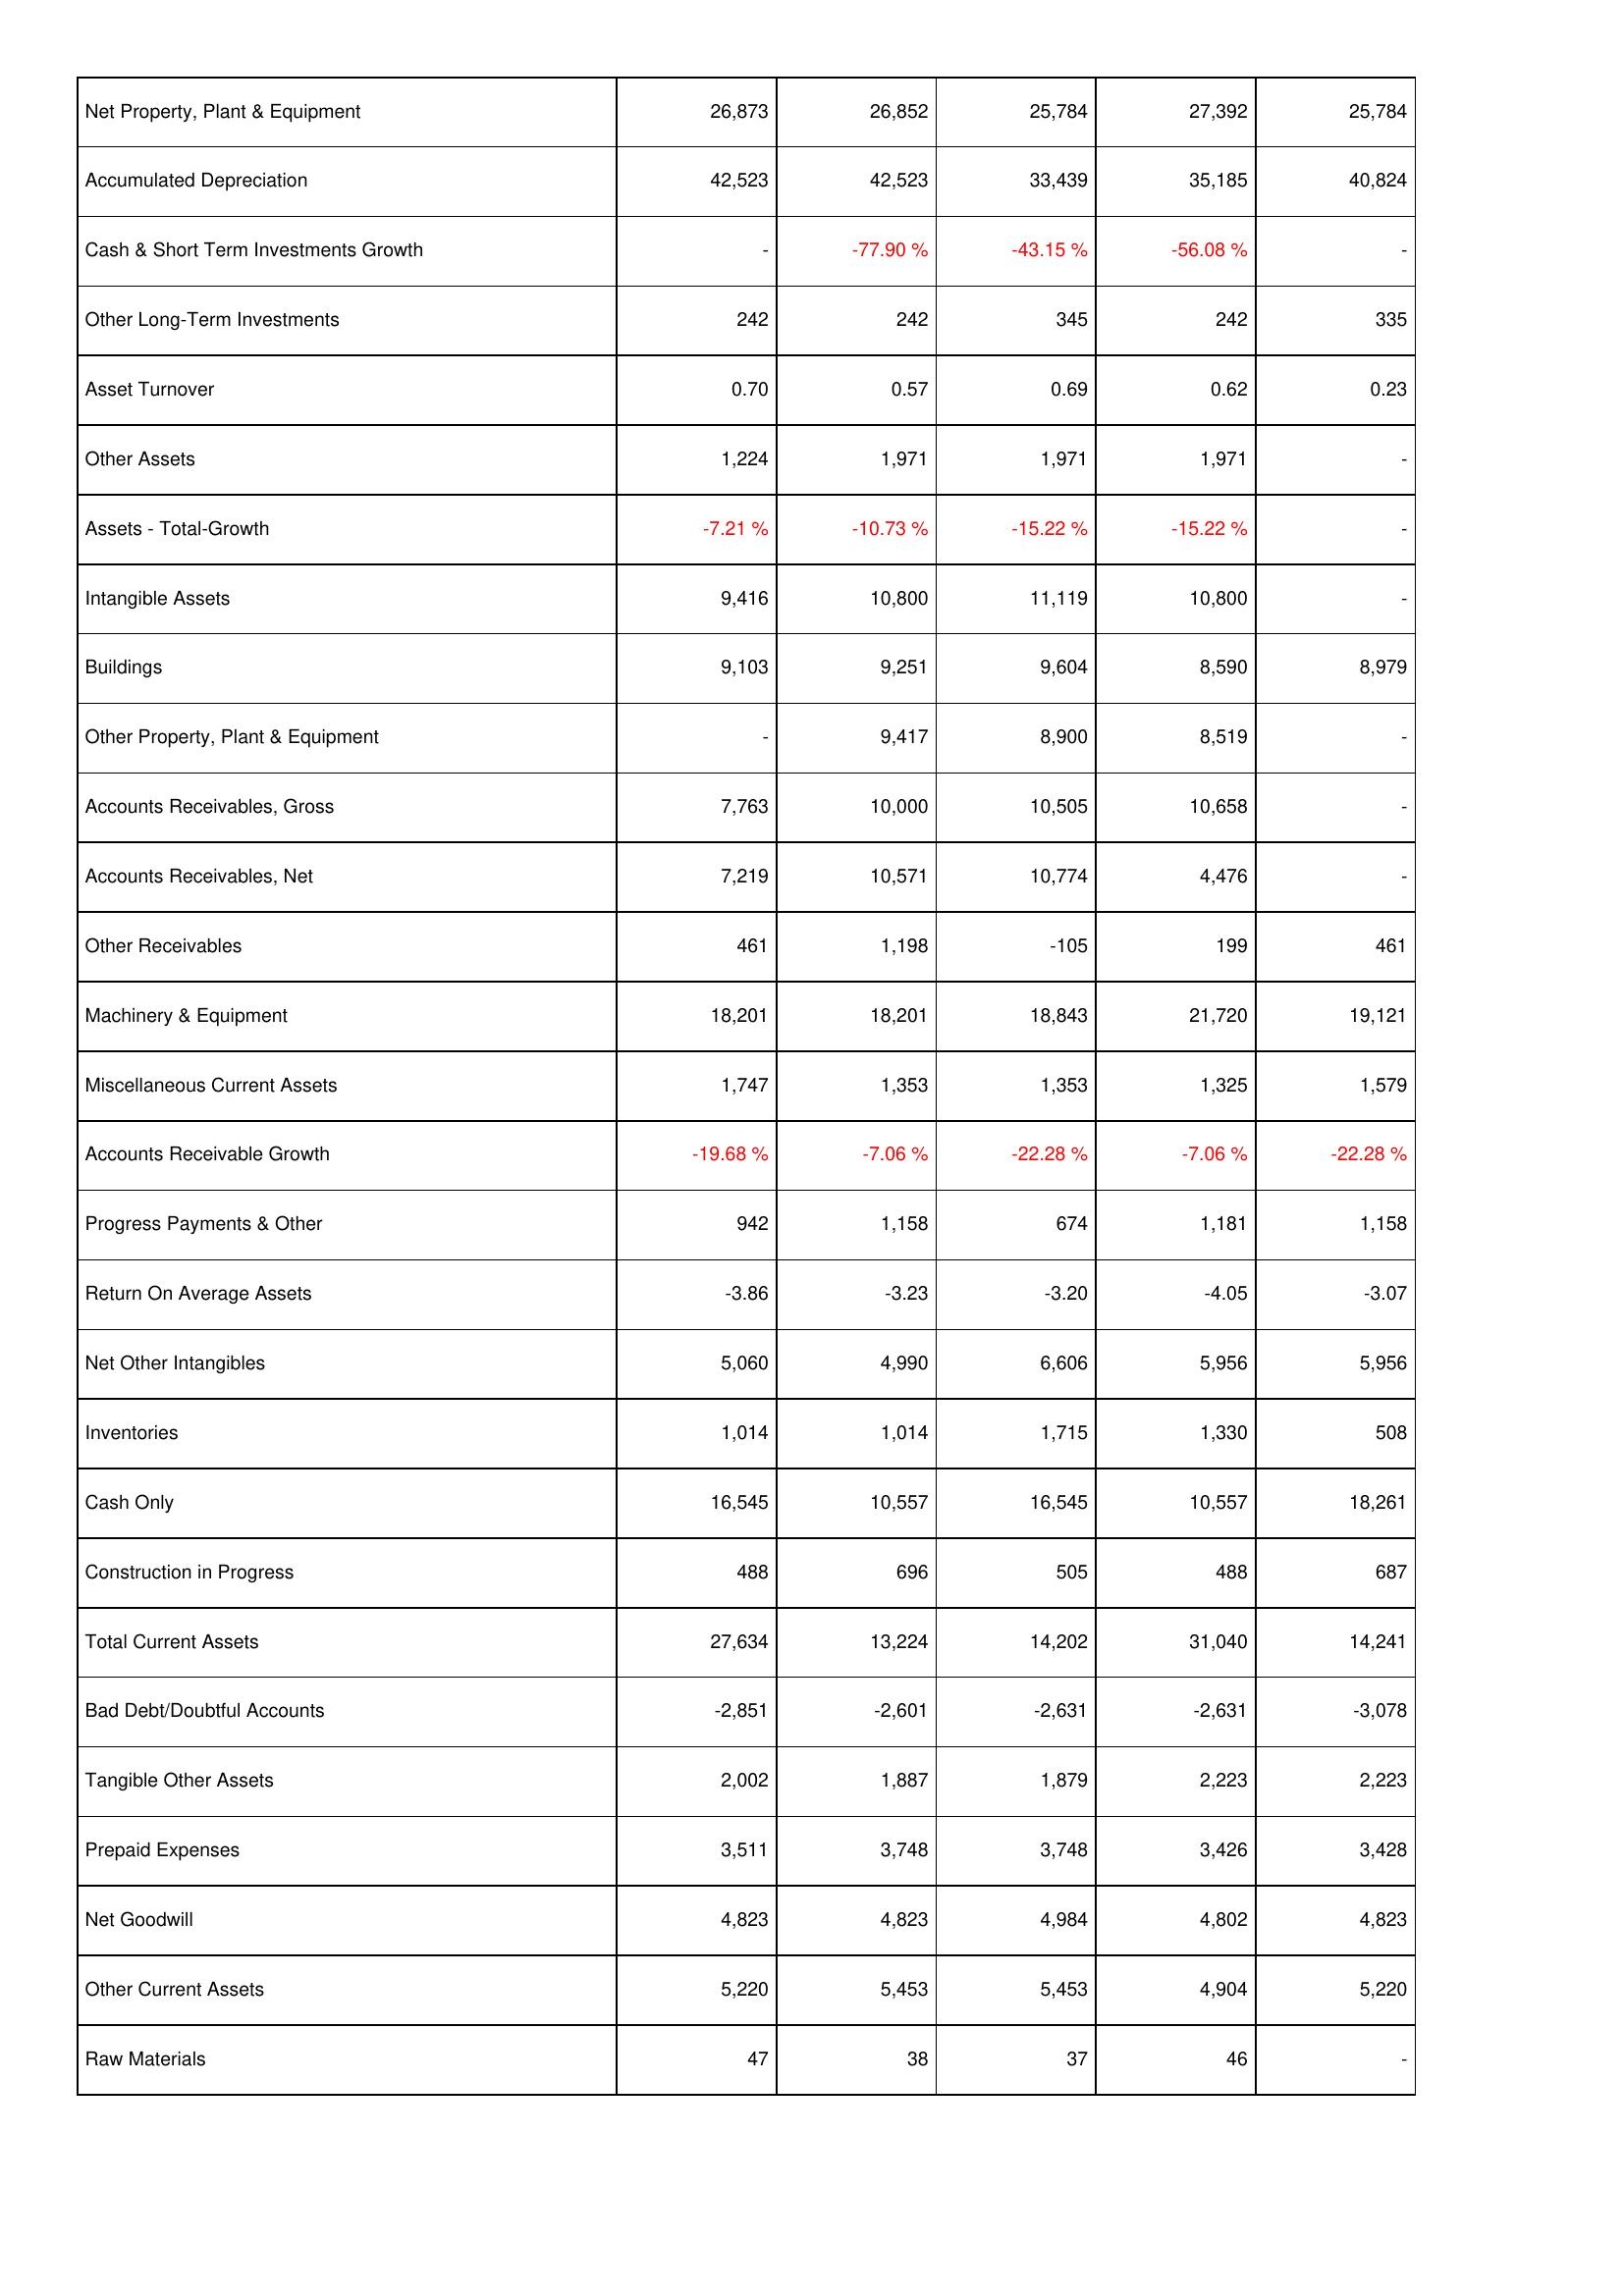
2015: Assets: Net Property, Plant & Equipment: 26,873
Accumulated Depreciation: 42,523
Cash & Short Term Investments Growth: -
Other Long-Term Investments: 242
Asset Turnover: 0.70
Other Assets: 1,224
Assets - Total-Growth: -7.21 %
Intangible Assets: 9,416
Buildings: 9,103
Other Property, Plant & Equipment: -
Accounts Receivables, Gross: 7,763
Accounts Receivables, Net: 7,219
Other Receivables: 461
Machinery & Equipment: 18,201
Miscellaneous Current Assets: 1,747
Accounts Receivable Growth: -19.68 %
Progress Payments & Other: 942
Return On Average Assets: -3.86
Net Other Intangibles: 5,060
Inventories: 1,014
Cash Only: 16,545
Construction in Progress: 488
Total Current Assets: 27,634
Bad Debt/Doubtful Accounts: -2,851
Tangible Other Assets: 2,002
Prepaid Expenses: 3,511
Net Goodwill: 4,823
Other Current Assets: 5,220
Raw Materials: 47
2016: Assets: Net Property, Plant & Equipment: 26,852
Accumulated Depreciation: 42,523
Cash & Short Term Investments Growth: -77.90 %
Other Long-Term Investments: 242
Asset Turnover: 0.57
Other Assets: 1,971
Assets - Total-Growth: -10.73 %
Intangible Assets: 10,800
Buildings: 9,251
Other Property, Plant & Equipment: 9,417
Accounts Receivables, Gross: 10,000
Accounts Receivables, Net: 10,571
Other Receivables: 1,198
Machinery & Equipment: 18,201
Miscellaneous Current Assets: 1,353
Accounts Receivable Growth: -7.06 %
Progress Payments & Other: 1,158
Return On Average Assets: -3.23
Net Other Intangibles: 4,990
Inventories: 1,014
Cash Only: 10,557
Construction in Progress: 696
Total Current Assets: 13,224
Bad Debt/Doubtful Accounts: -2,601
Tangible Other Assets: 1,887
Prepaid Expenses: 3,748
Net Goodwill: 4,823
Other Current Assets: 5,453
Raw Materials: 38
2017: Assets: Net Property, Plant & Equipment: 25,784
Accumulated Depreciation: 33,439
Cash & Short Term Investments Growth: -43.15 %
Other Long-Term Investments: 345
Asset Turnover: 0.69
Other Assets: 1,971
Assets - Total-Growth: -15.22 %
Intangible Assets: 11,119
Buildings: 9,604
Other Property, Plant & Equipment: 8,900
Accounts Receivables, Gross: 10,505
Accounts Receivables, Net: 10,774
Other Receivables: -105
Machinery & Equipment: 18,843
Miscellaneous Current Assets: 1,353
Accounts Receivable Growth: -22.28 %
Progress Payments & Other: 674
Return On Average Assets: -3.20
Net Other Intangibles: 6,606
Inventories: 1,715
Cash Only: 16,545
Construction in Progress: 505
Total Current Assets: 14,202
Bad Debt/Doubtful Accounts: -2,631
Tangible Other Assets: 1,879
Prepaid Expenses: 3,748
Net Goodwill: 4,984
Other Current Assets: 5,453
Raw Materials: 37
2018: Assets: Net Property, Plant & Equipment: 27,392
Accumulated Depreciation: 35,185
Cash & Short Term Investments Growth: -56.08 %
Other Long-Term Investments: 242
Asset Turnover: 0.62
Other Assets: 1,971
Assets - Total-Growth: -15.22 %
Intangible Assets: 10,800
Buildings: 8,590
Other Property, Plant & Equipment: 8,519
Accounts Receivables, Gross: 10,658
Accounts Receivables, Net: 4,476
Other Receivables: 199
Machinery & Equipment: 21,720
Miscellaneous Current Assets: 1,325
Accounts Receivable Growth: -7.06 %
Progress Payments & Other: 1,181
Return On Average Assets: -4.05
Net Other Intangibles: 5,956
Inventories: 1,330
Cash Only: 10,557
Construction in Progress: 488
Total Current Assets: 31,040
Bad Debt/Doubtful Accounts: -2,631
Tangible Other Assets: 2,223
Prepaid Expenses: 3,426
Net Goodwill: 4,802
Other Current Assets: 4,904
Raw Materials: 46
2019: Assets: Net Property, Plant & Equipment: 25,784
Accumulated Depreciation: 40,824
Cash & Short Term Investments Growth: -
Other Long-Term Investments: 335
Asset Turnover: 0.23
Other Assets: -
Assets - Total-Growth: -
Intangible Assets: -
Buildings: 8,979
Other Property, Plant & Equipment: -
Accounts Receivables, Gross: -
Accounts Receivables, Net: -
Other Receivables: 461
Machinery & Equipment: 19,121
Miscellaneous Current Assets: 1,579
Accounts Receivable Growth: -22.28 %
Progress Payments & Other: 1,158
Return On Average Assets: -3.07
Net Other Intangibles: 5,956
Inventories: 508
Cash Only: 18,261
Construction in Progress: 687
Total Current Assets: 14,241
Bad Debt/Doubtful Accounts: -3,078
Tangible Other Assets: 2,223
Prepaid Expenses: 3,428
Net Goodwill: 4,823
Other Current Assets: 5,220
Raw Materials: -